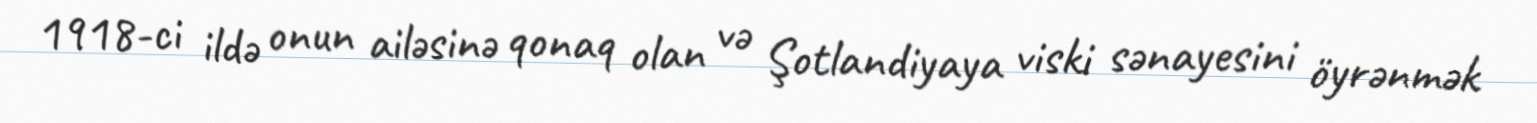
1918-ci ildə onun ailəsinə qonaq olan və Şotlandiyaya viski sənayesini öyrənmək